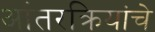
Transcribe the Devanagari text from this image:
आंतरक्रियांचे